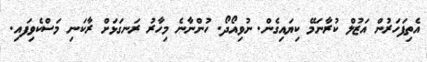
އެތިފަހަރުން އަޒުލް ކުރާނަމޭ ކިޔައިގެން. ނުވިއޯދޯ. ހުންނާނެ މިހާރު ރަނގަޅަށް ރާކަނި މަސްކެވިފައި.